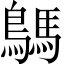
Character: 鷌